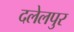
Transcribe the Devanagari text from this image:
दलेलपुर